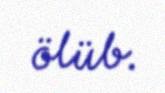
ölüb.